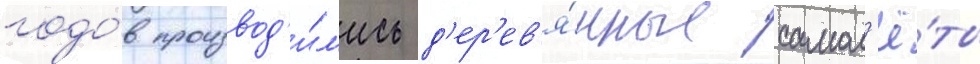
годо́в производ'и́л'ись д'ер'ев'я́нные самол'ё́ты